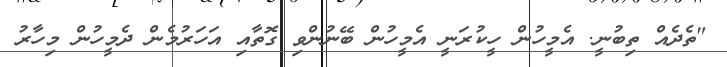
"ތެދެއް ތިބުނީ. އެމީހުން ހީކުރަނީ އެމީހުން ބޭނުންވި ގޮތާއި އަހަރުމެން ދެމީހުން މިހާރު